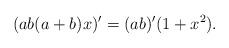
LaTeX: \begin{align*}(ab(a+b) x)'=(ab)'(1+x^2).\end{align*}